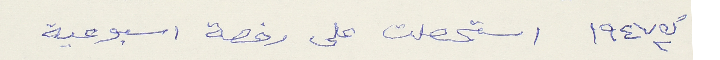
ك٢ ١٩٤٧ استحصلت على رخصة اسبوعية